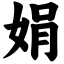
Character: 娟